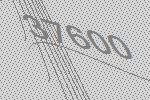
37600